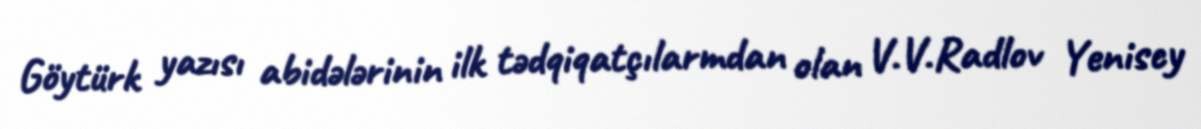
Göytürk yazısı abidələrinin ilk tədqiqatçılarmdan olan V.V.Radlov Yeniscy